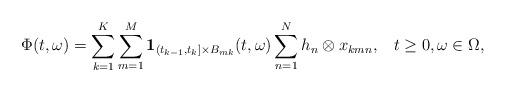
LaTeX: \begin{align*} \Phi(t,\omega) = \sum_{k=1}^K\sum_{m=1}^M \mathbf 1_{(t_{k-1},t_k]\times B_{mk}}(t,\omega)\sum_{n=1}^N h_n \otimes x_{kmn},\;\;\; t\geq 0, \omega \in \Omega,\end{align*}